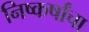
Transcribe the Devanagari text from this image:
निष्कर्षांचा